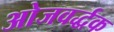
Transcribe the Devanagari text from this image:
ओजवर्द्धक